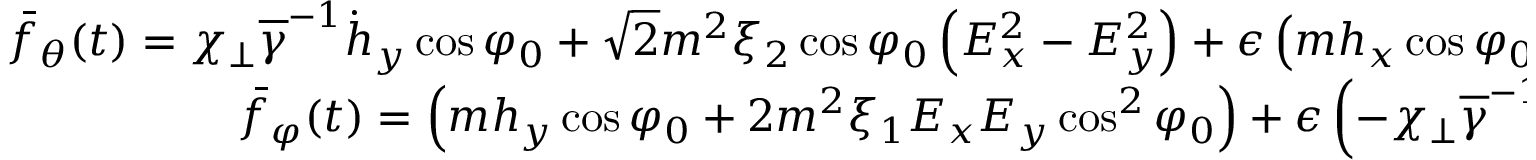
\begin{array} { r } { \bar { f } _ { \theta } ( t ) = \chi _ { \perp } \overline { \gamma } ^ { - 1 } \dot { h } _ { y } \cos \varphi _ { 0 } + \sqrt { 2 } m ^ { 2 } \xi _ { 2 } \cos \varphi _ { 0 } \left( E _ { x } ^ { 2 } - E _ { y } ^ { 2 } \right) + \epsilon \left( m h _ { x } \cos \varphi _ { 0 } + 2 m ^ { 2 } \xi _ { 1 } E _ { x } ^ { 2 } \cos ^ { 2 } \varphi _ { 0 } - m ^ { 2 } \xi _ { 2 } E ( t ) ^ { 2 } \right) } \\ { \bar { f } _ { \varphi } ( t ) = \left( m h _ { y } \cos \varphi _ { 0 } + 2 m ^ { 2 } \xi _ { 1 } E _ { x } E _ { y } \cos ^ { 2 } \varphi _ { 0 } \right) + \epsilon \left( - \chi _ { \perp } \overline { \gamma } ^ { - 1 } \dot { h } _ { x } \cos \varphi _ { 0 } + 2 \sqrt { 2 } m ^ { 2 } \xi _ { 2 } E _ { x } E _ { y } \cos \varphi _ { 0 } \right) } \end{array}